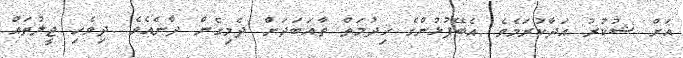
އަށް ޝުކުރު އަދާކުރަމެވެ .އެބޭފުޅުންގެ ޚިދުމަތް ތާއަބަދަށް ދެމިގެން ދާނެއެވެ .ދިވެހި ޖީލުތައް